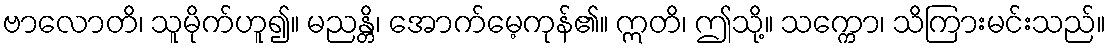
ဗာလောတိ၊ သူမိုက်ဟူ၍။ မညန္တိ၊ အောက်မေ့ကုန်၏။ ဣတိ၊ ဤသို့။ သက္ကော၊ သိကြားမင်းသည်။